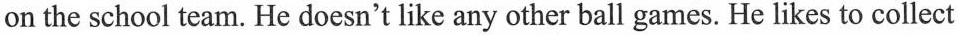
on the school team. He doesn't like any other ball games. He likes to collect